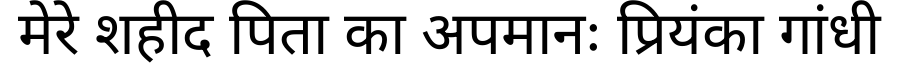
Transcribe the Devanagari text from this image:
मेरे शहीद पिता का अपमानः प्रियंका गांधी